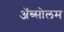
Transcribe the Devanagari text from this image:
अॅब्सोलम